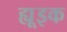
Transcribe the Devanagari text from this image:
ह्यूइक